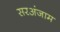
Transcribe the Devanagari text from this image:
सरअंजाम